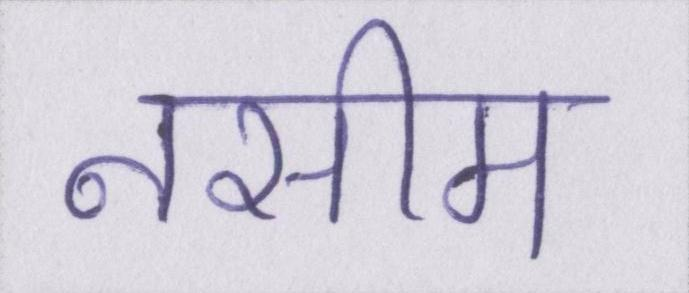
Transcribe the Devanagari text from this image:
नसीम